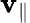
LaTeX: \mathbf{v}_{\parallel}